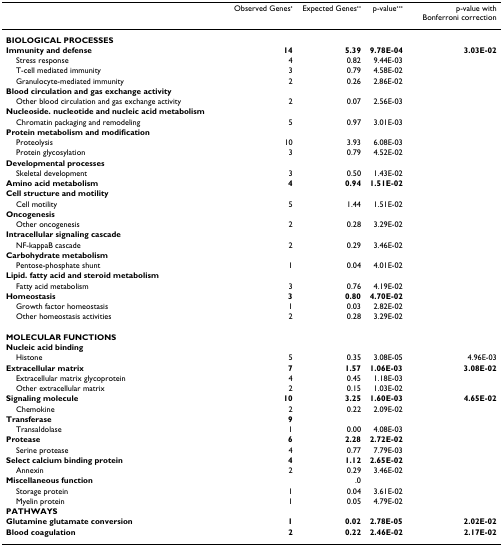
<table><thead><tr><td></td><td><b>Observed Genes<sup>•</sup></b></td><td><b>Expected Genes<sup>••</sup></b></td><td><b>p-value<sup>•••</sup></b></td><td><b>p-value with Bonferroni correction</b></td></tr></thead><tbody><tr><td><b>BIOLOGICAL PROCESSES</b></td><td></td><td></td><td></td><td></td></tr><tr><td><b>Immunity and defense</b></td><td><b>14</b></td><td><b>5.39</b></td><td><b>9.78E-04</b></td><td><b>3.03E-02</b></td></tr><tr><td> Stress response</td><td>4</td><td>0.82</td><td>9.44E-03</td><td></td></tr><tr><td> T-cell mediated immunity</td><td>3</td><td>0.79</td><td>4.58E-02</td><td></td></tr><tr><td> Granulocyte-mediated immunity</td><td>2</td><td>0.26</td><td>2.86E-02</td><td></td></tr><tr><td><b>Blood circulation and gas exchange activity</b></td><td></td><td></td><td></td><td></td></tr><tr><td> Other blood circulation and gas exchange activity</td><td>2</td><td>0.07</td><td>2.56E-03</td><td></td></tr><tr><td><b>Nucleoside. nucleotide and nucleic acid metabolism</b></td><td></td><td></td><td></td><td></td></tr><tr><td> Chromatin packaging and remodeling</td><td>5</td><td>0.97</td><td>3.01E-03</td><td></td></tr><tr><td><b>Protein metabolism and modification</b></td><td></td><td></td><td></td><td></td></tr><tr><td> Proteolysis</td><td>10</td><td>3.93</td><td>6.08E-03</td><td></td></tr><tr><td> Protein glycosylation</td><td>3</td><td>0.79</td><td>4.52E-02</td><td></td></tr><tr><td><b>Developmental processes</b></td><td></td><td></td><td></td><td></td></tr><tr><td> Skeletal development</td><td>3</td><td>0.50</td><td>1.43E-02</td><td></td></tr><tr><td><b>Amino acid metabolism</b></td><td><b>4</b></td><td><b>0.94</b></td><td><b>1.51E-02</b></td><td></td></tr><tr><td><b>Cell structure and motility</b></td><td></td><td></td><td></td><td></td></tr><tr><td> Cell motility</td><td>5</td><td>1.44</td><td>1.51E-02</td><td></td></tr><tr><td><b>Oncogenesis</b></td><td></td><td></td><td></td><td></td></tr><tr><td> Other oncogenesis</td><td>2</td><td>0.28</td><td>3.29E-02</td><td></td></tr><tr><td><b>Intracellular signaling cascade</b></td><td></td><td></td><td></td><td></td></tr><tr><td> NF-kappaB cascade</td><td>2</td><td>0.29</td><td>3.46E-02</td><td></td></tr><tr><td><b>Carbohydrate metabolism</b></td><td></td><td></td><td></td><td></td></tr><tr><td> Pentose-phosphate shunt</td><td>1</td><td>0.04</td><td>4.01E-02</td><td></td></tr><tr><td><b>Lipid. fatty acid and steroid metabolism</b></td><td></td><td></td><td></td><td></td></tr><tr><td> Fatty acid metabolism</td><td>3</td><td>0.76</td><td>4.19E-02</td><td></td></tr><tr><td><b>Homeostasis</b></td><td><b>3</b></td><td><b>0.80</b></td><td><b>4.70E-02</b></td><td></td></tr><tr><td> Growth factor homeostasis</td><td>1</td><td>0.03</td><td>2.82E-02</td><td></td></tr><tr><td> Other homeostasis activities</td><td>2</td><td>0.28</td><td>3.29E-02</td><td></td></tr><tr><td><b>MOLECULAR FUNCTIONS</b></td><td></td><td></td><td></td><td></td></tr><tr><td><b>Nucleic acid binding</b></td><td></td><td></td><td></td><td></td></tr><tr><td> Histone</td><td>5</td><td>0.35</td><td>3.08E-05</td><td>4.96E-03</td></tr><tr><td><b>Extracellular matrix</b></td><td><b>7</b></td><td><b>1.57</b></td><td><b>1.06E-03</b></td><td><b>3.08E-02</b></td></tr><tr><td> Extracellular matrix glycoprotein</td><td>4</td><td>0.45</td><td>1.18E-03</td><td></td></tr><tr><td> Other extracellular matrix</td><td>2</td><td>0.15</td><td>1.03E-02</td><td></td></tr><tr><td><b>Signaling molecule</b></td><td><b>10</b></td><td><b>3.25</b></td><td><b>1.60E-03</b></td><td><b>4.65E-02</b></td></tr><tr><td> Chemokine</td><td>2</td><td>0.22</td><td>2.09E-02</td><td></td></tr><tr><td><b>Transferase</b></td><td><b>9</b></td><td></td><td></td><td></td></tr><tr><td> Transaldolase</td><td>1</td><td>0.00</td><td>4.08E-03</td><td></td></tr><tr><td><b>Protease</b></td><td><b>6</b></td><td><b>2.28</b></td><td><b>2.72E-02</b></td><td></td></tr><tr><td> Serine protease</td><td>4</td><td>0.77</td><td>7.79E-03</td><td></td></tr><tr><td><b>Select calcium binding protein</b></td><td><b>4</b></td><td><b>1.12</b></td><td><b>2.65E-02</b></td><td></td></tr><tr><td> Annexin</td><td>2</td><td>0.29</td><td>3.46E-02</td><td></td></tr><tr><td><b>Miscellaneous function</b></td><td></td><td>.0</td><td></td><td></td></tr><tr><td> Storage protein</td><td>1</td><td>0.04</td><td>3.61E-02</td><td></td></tr><tr><td> Myelin protein</td><td>1</td><td>0.05</td><td>4.79E-02</td><td></td></tr><tr><td><b>PATHWAYS</b></td><td></td><td></td><td></td><td></td></tr><tr><td><b>Glutamine glutamate conversion</b></td><td><b>1</b></td><td><b>0.02</b></td><td><b>2.78E-05</b></td><td><b>2.02E-02</b></td></tr><tr><td><b>Blood coagulation</b></td><td><b>2</b></td><td><b>0.22</b></td><td><b>2.46E-02</b></td><td><b>2.17E-02</b></td></tr></tbody></table>